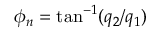
\phi _ { n } = \tan ^ { - 1 } ( q _ { 2 } / q _ { 1 } )